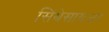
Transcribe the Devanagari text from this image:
सिंथेसायजर